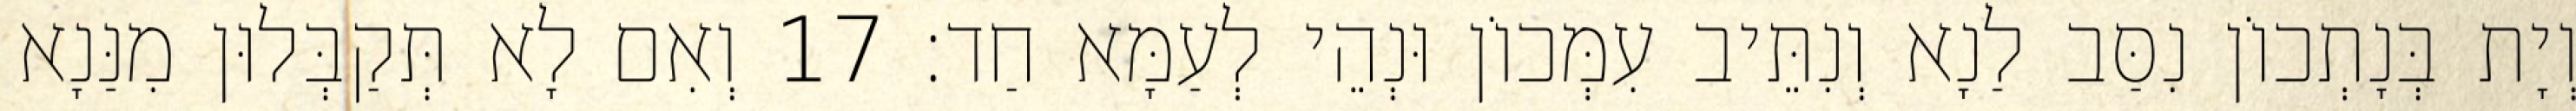
וְיָת בְּנָתְכוֹן נִסַּב לַנָא וְנִתֵּיב עִמְּכוֹן וּנְהֵי לְעַמָּא חַד׃ 17 וְאִם לָא תְּקַבְּלוּן מִנַּנָא